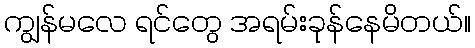
ကျွန်မလေ ရင်တွေ အရမ်းခုန်နေမိတယ်။